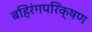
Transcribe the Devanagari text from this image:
बहिरंगपरिक्षण